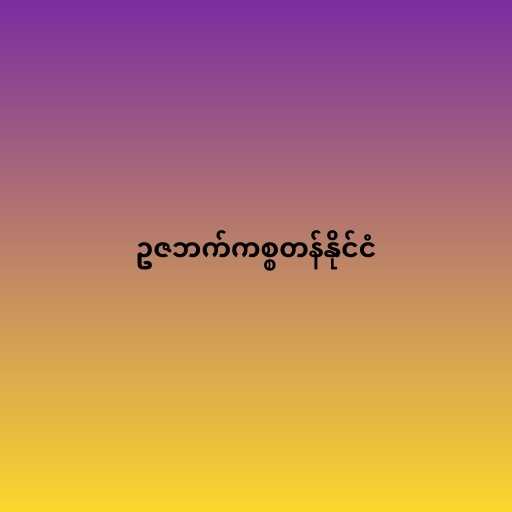
ဥဇဘက်ကစ္စတန်နိုင်ငံ